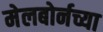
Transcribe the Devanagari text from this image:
मेलबोर्नच्या